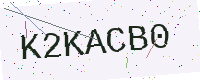
Text: K2KACB0